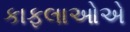
કાફલાઓએ